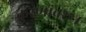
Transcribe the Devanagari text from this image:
कुरणांवरून